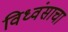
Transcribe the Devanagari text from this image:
विध्वंसाचा